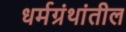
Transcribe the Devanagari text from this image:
धर्मग्रंथांतील